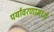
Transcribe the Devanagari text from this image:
पर्यावरणामध्ये